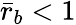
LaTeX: \bar{r}_{b}<1